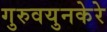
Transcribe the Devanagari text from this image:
गुरुवयुनकेरे